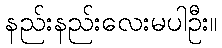
နည်းနည်းလေးမပါဦး။